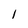
Character: l